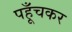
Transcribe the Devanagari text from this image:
पहूँचकर